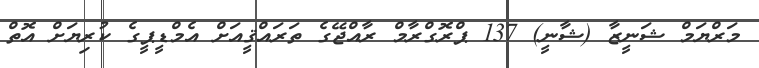
މަރްޔަމް ޝަނީޒާ (ޝާނީ) 137 ޕްރޮގްރާމް ރާއްޖޭގެ ތަރައްޤީއަށް އެމްޑީޕީގެ ކުރިޔަށް އޮތް